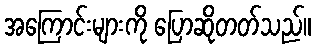
အကြောင်းများကို ပြောဆိုတတ်သည်။